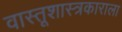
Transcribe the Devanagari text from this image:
वास्तूशास्त्रकाराला